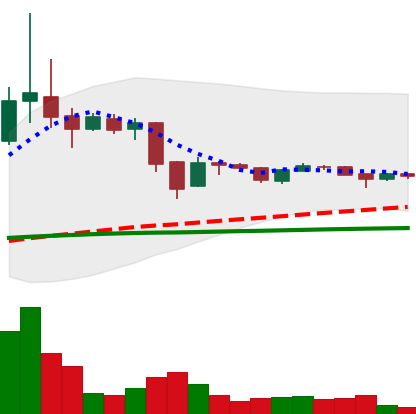
Ticker: BTC-USD
Chart end date: 2015-11-22
Forward return: 10.324%
Label: up_7plus